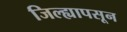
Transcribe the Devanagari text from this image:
जिल्ह्यापसून